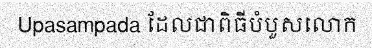
Upasampada ដែលជាពិធីបំបួសលោក